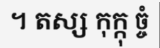
។ តស្ស កុក្កុ ច្ចំ